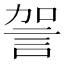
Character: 𧦲